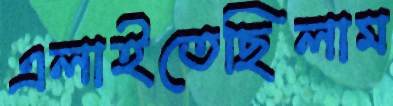
এলাইতেছিলাম